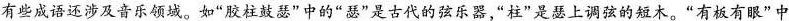
有些成语还涉及音乐领域。如”胶柱鼓瑟”中的”瑟”是古代的弦乐器，”柱”是瑟上调弦的短木。”有板有眼”中